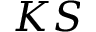
K S